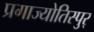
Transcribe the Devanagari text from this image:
प्रगाज्योतिस्पुर्